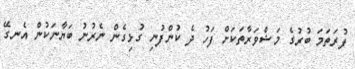
ފުރަތަމަ ބުރުގެ މަޝްވަރާތަކަށް ފަހު ދެ ކުންފުނި ގުޅިގެން ނެރުނު ބަޔާނަކުން އެނގޭ